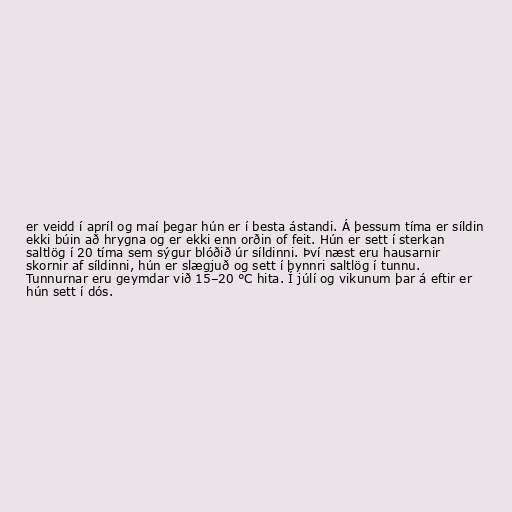
er veidd í apríl og maí þegar hún er í besta ástandi. Á þessum tíma er síldin
ekki búin að hrygna og er ekki enn orðin of feit. Hún er sett í sterkan
saltlög í 20 tíma sem sýgur blóðið úr síldinni. Því næst eru hausarnir
skornir af síldinni, hún er slægjuð og sett í þynnri saltlög í tunnu.
Tunnurnar eru geymdar við 15–20 °C hita. Í júlí og vikunum þar á eftir er
hún sett í dós.